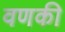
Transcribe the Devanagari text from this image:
वणकी